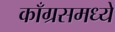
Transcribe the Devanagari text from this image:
काँग्रसमध्ये